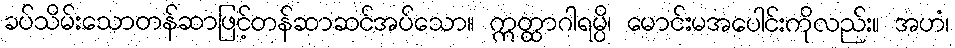
ခပ်သိမ်းသောတန်ဆာဖြင့်တန်ဆာဆင်အပ်သော။ ဣတ္ထာဂါရမ္ပိ၊ မောင်းမအပေါင်းကိုလည်း။ အဟံ၊